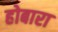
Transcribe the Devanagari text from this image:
होबारा